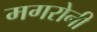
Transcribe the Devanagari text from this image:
मगरोनी